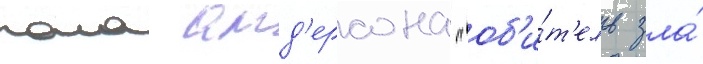
пола анд'ерсона "об'и́т'ель зла́